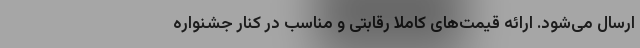
ارسال می‌شود. ارائه قیمت‌های کاملا رقابتی و مناسب در کنار جشنواره